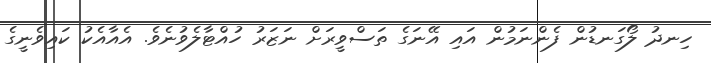
ހިނދު ލޯގަނޑުން ފެންނަމުން އައި އޭނަގެ ތަސްވީރަށް ނަޒަރު ހުއްޓާލެވުނެވެ. އެއާއެކު ކައިވެނީގެ